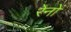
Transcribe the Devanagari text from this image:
रेनों